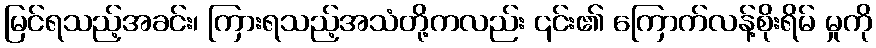
မြင်ရသည့်အခင်း၊ ကြားရသည့်အသံတို့ကလည်း ၎င်း၏ ကြောက်လန့်စိုးရိမ် မှုကို